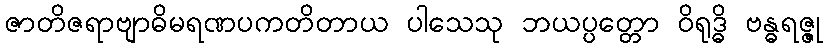
ဇာတိဇရာဗျာဓိမရဏပကတိတာယ ပါသေသု ဘယပ္ပတ္တော ဝိရုဒ္ဓိ ဗန္ဓရဇ္ဇု